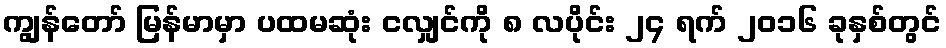
ကျွန်တော် မြန်မာမှာ ပထမဆုံး ငလျှင်ကို ၈ လပိုင်း ၂၄ ရက် ၂၀၁၆ ခုနှစ်တွင်